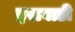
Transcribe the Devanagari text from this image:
इरावाडी